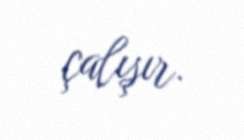
çalışır.